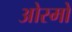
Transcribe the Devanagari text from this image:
ओस्मो